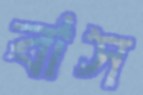
বাস